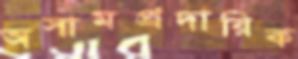
অসামপ্রদায়িক